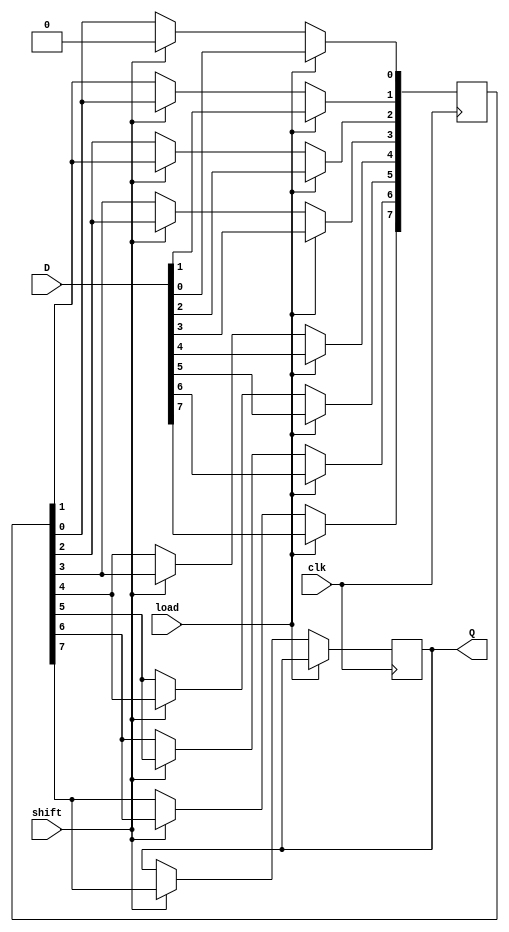
module PISO_Register (
    input wire clk,       // Clock signal
    input wire load,      // Load control signal
    input wire shift,     // Shift control signal
    input wire [n-1:0] D, // Parallel data input (n bits)
    output reg Q          // Serial output
);
    // Parameter for the width of the register
    parameter n = 8; // Define the number of bits in the register (modifiable)

    // Internal register to hold the parallel data
    reg [n-1:0] data_reg;
    integer i;

    always @(posedge clk) begin
        if (load) begin
            // Load data when load signal is active
            data_reg <= D;
        end else if (shift) begin
            // Shift operation
            Q <= data_reg[n-1]; // Output the MSB
            // Shift left
            for (i = n-1; i > 0; i = i - 1) begin
                data_reg[i] <= data_reg[i-1];
            end
            data_reg[0] <= 1'b0; // Optional: Fill with 0 or some other logic
        end
    end
endmodule